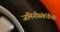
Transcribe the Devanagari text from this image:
जमिनीसंबंधीची